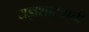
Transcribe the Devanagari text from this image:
यज्ञशास्त्राची